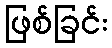
ဖြစ်ခြင်း